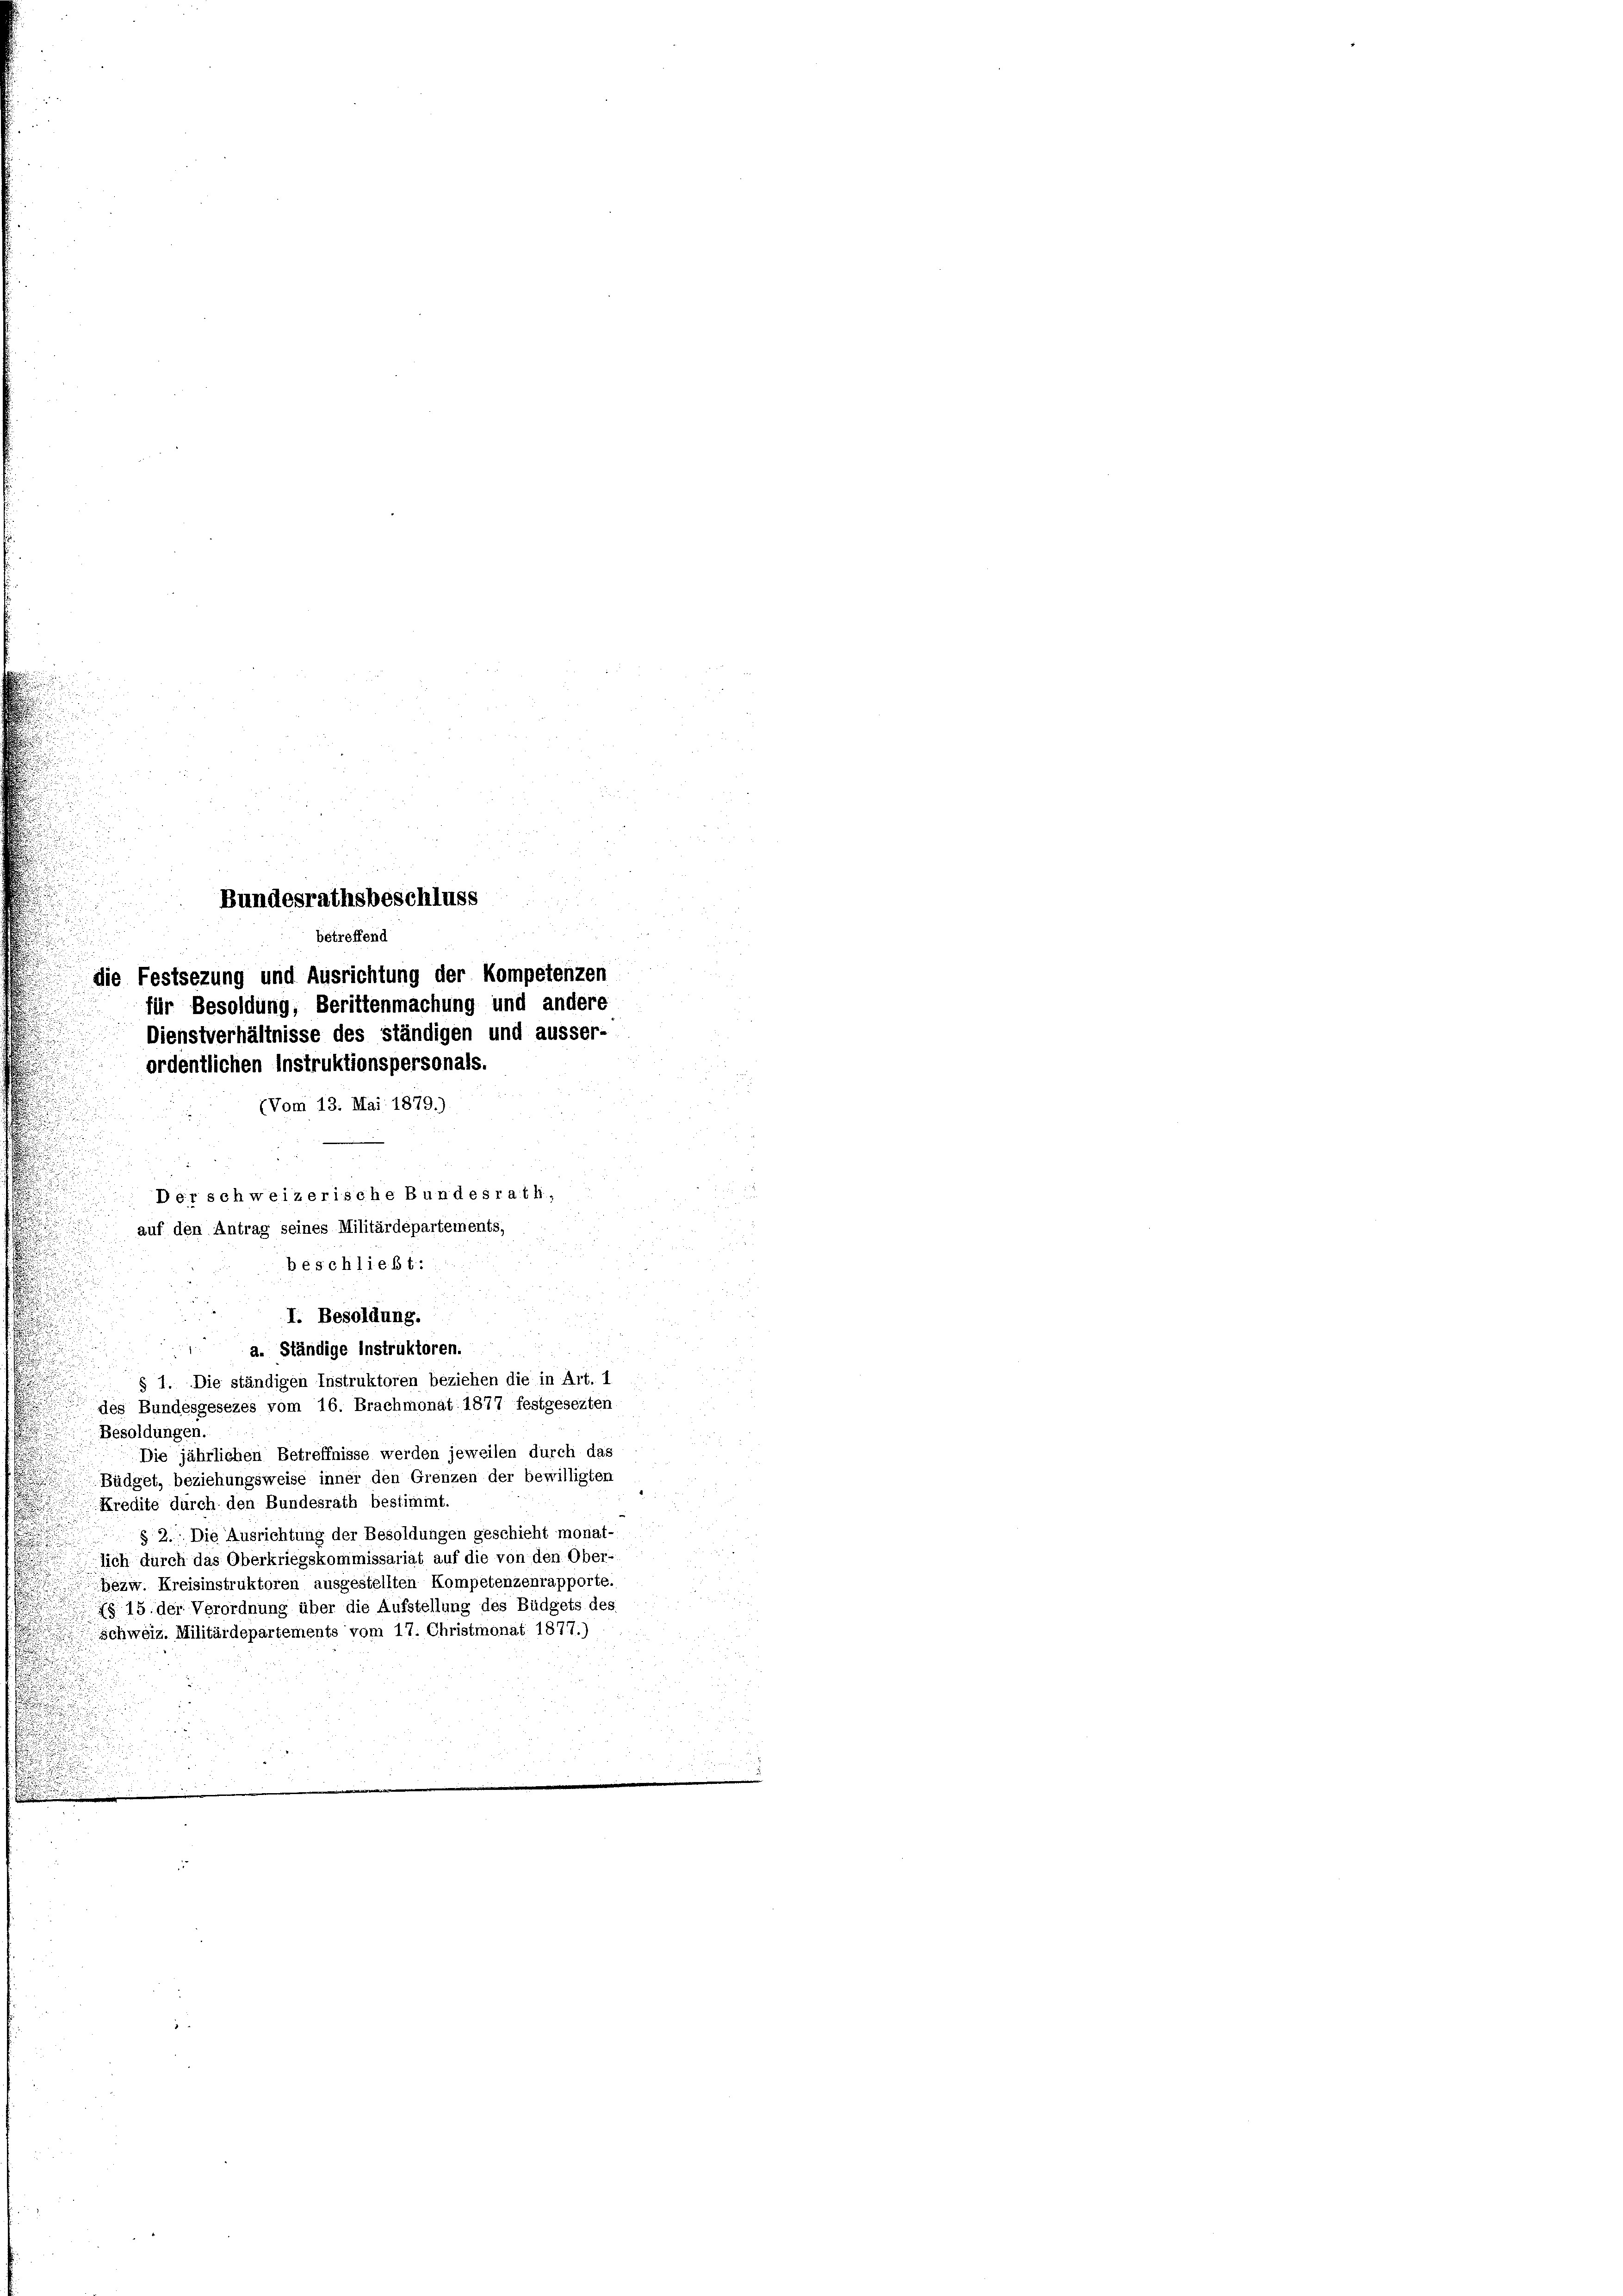
d
d

Bundesrathsbeschluss
betreffend
die Festsezung und Ausrichtung der Kompetenzen
für Besoldung, Berittenmachung und andere
Dienstverhältnisse des ständigen und ausser-
ordentlichen Instruktionspersonals.
(Vom 13. Mai 1879.)
Der schweizerische Bundesrath,
auf den Antrag seines Militärdepartements,
beschließt:

I. Besoldung.
a. Ständige Instruktoren.
§ 1. Die ständigen Instruktoren beziehen die in Art. 1
 des Bundesgesezes vom 16. Brachmonat 1877 festgesezten
Besoldungen.
Die jährlichen Betreffnisse werden jeweilen durch das
Büdget, beziehungsweise inner den Grenzen der bewilligten
Kredite durch den Bundesrath bestimmt.
.
§ 2. Die Ausrichtung der Besoldungen geschieht monat-
lich durch das Oberkriegskommissariat auf die von den Ober-
Gezw. Kreisinstruktoren ausgestellten Kompetenzenrapporte.
§ 15 der Verordnung über die Aufstellung des Büdgets des
Schweiz. Militärdepartemente vom 17. Christmonat 1877.)
.
u
u